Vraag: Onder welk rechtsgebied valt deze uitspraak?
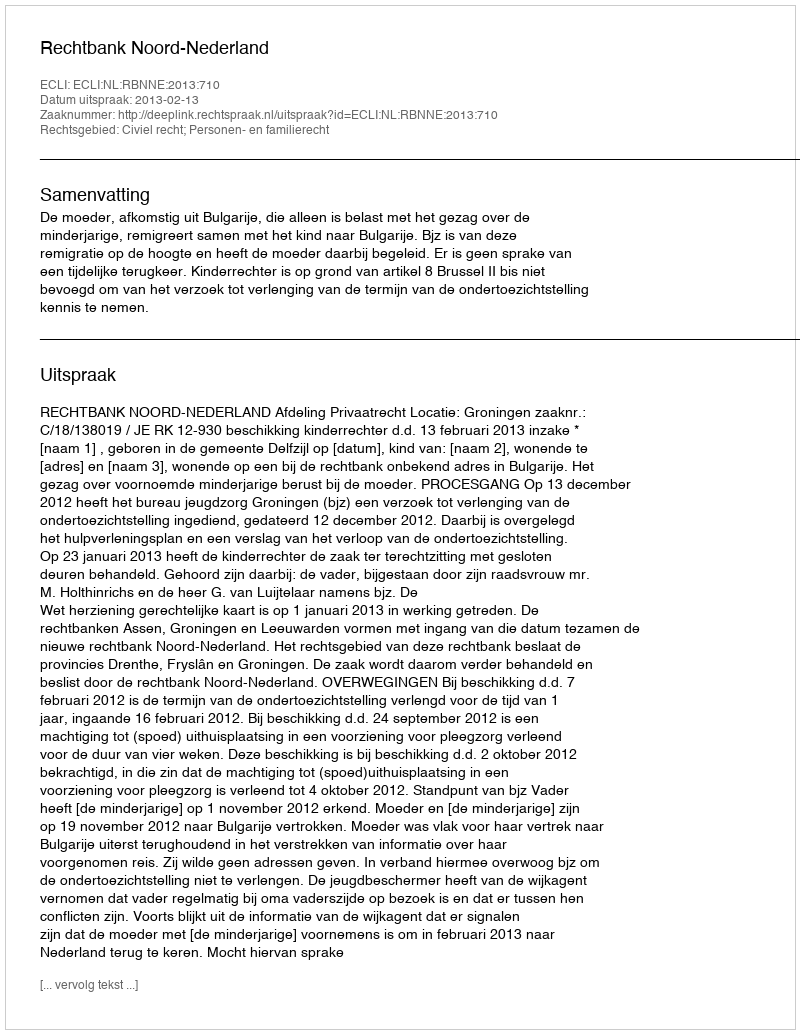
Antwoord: Civiel recht; Personen- en familierecht